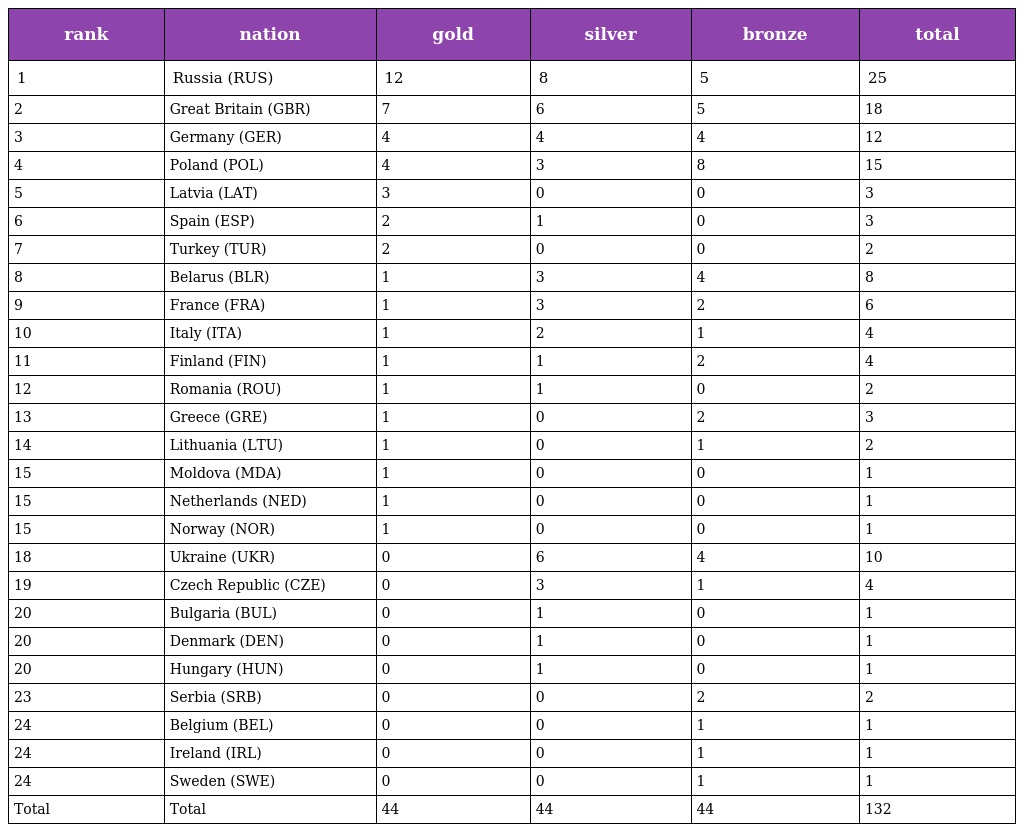
| rank | nation | gold | silver | bronze | total |
 | --- | --- | --- | --- | --- | --- |
 | 1 | Russia (RUS) | 12 | 8 | 5 | 25 |
 | 2 | Great Britain (GBR) | 7 | 6 | 5 | 18 |
 | 3 | Germany (GER) | 4 | 4 | 4 | 12 |
 | 4 | Poland (POL) | 4 | 3 | 8 | 15 |
 | 5 | Latvia (LAT) | 3 | 0 | 0 | 3 |
 | 6 | Spain (ESP) | 2 | 1 | 0 | 3 |
 | 7 | Turkey (TUR) | 2 | 0 | 0 | 2 |
 | 8 | Belarus (BLR) | 1 | 3 | 4 | 8 |
 | 9 | France (FRA) | 1 | 3 | 2 | 6 |
 | 10 | Italy (ITA) | 1 | 2 | 1 | 4 |
 | 11 | Finland (FIN) | 1 | 1 | 2 | 4 |
 | 12 | Romania (ROU) | 1 | 1 | 0 | 2 |
 | 13 | Greece (GRE) | 1 | 0 | 2 | 3 |
 | 14 | Lithuania (LTU) | 1 | 0 | 1 | 2 |
 | 15 | Moldova (MDA) | 1 | 0 | 0 | 1 |
 | 15 | Netherlands (NED) | 1 | 0 | 0 | 1 |
 | 15 | Norway (NOR) | 1 | 0 | 0 | 1 |
 | 18 | Ukraine (UKR) | 0 | 6 | 4 | 10 |
 | 19 | Czech Republic (CZE) | 0 | 3 | 1 | 4 |
 | 20 | Bulgaria (BUL) | 0 | 1 | 0 | 1 |
 | 20 | Denmark (DEN) | 0 | 1 | 0 | 1 |
 | 20 | Hungary (HUN) | 0 | 1 | 0 | 1 |
 | 23 | Serbia (SRB) | 0 | 0 | 2 | 2 |
 | 24 | Belgium (BEL) | 0 | 0 | 1 | 1 |
 | 24 | Ireland (IRL) | 0 | 0 | 1 | 1 |
 | 24 | Sweden (SWE) | 0 | 0 | 1 | 1 |
 | Total | Total | 44 | 44 | 44 | 132 |